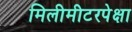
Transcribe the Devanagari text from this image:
मिलीमीटरपेक्षा